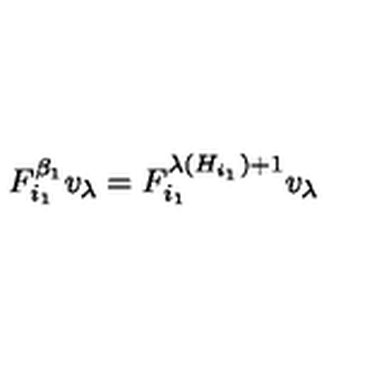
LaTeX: F _ { i _ { 1 } } ^ { \beta _ { 1 } } v _ { \lambda } = F _ { i _ { 1 } } ^ { \lambda ( H _ { i _ { 1 } } ) + 1 } v _ { \lambda }